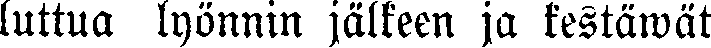
luttua lyönnin jälkeen ja kestäwät